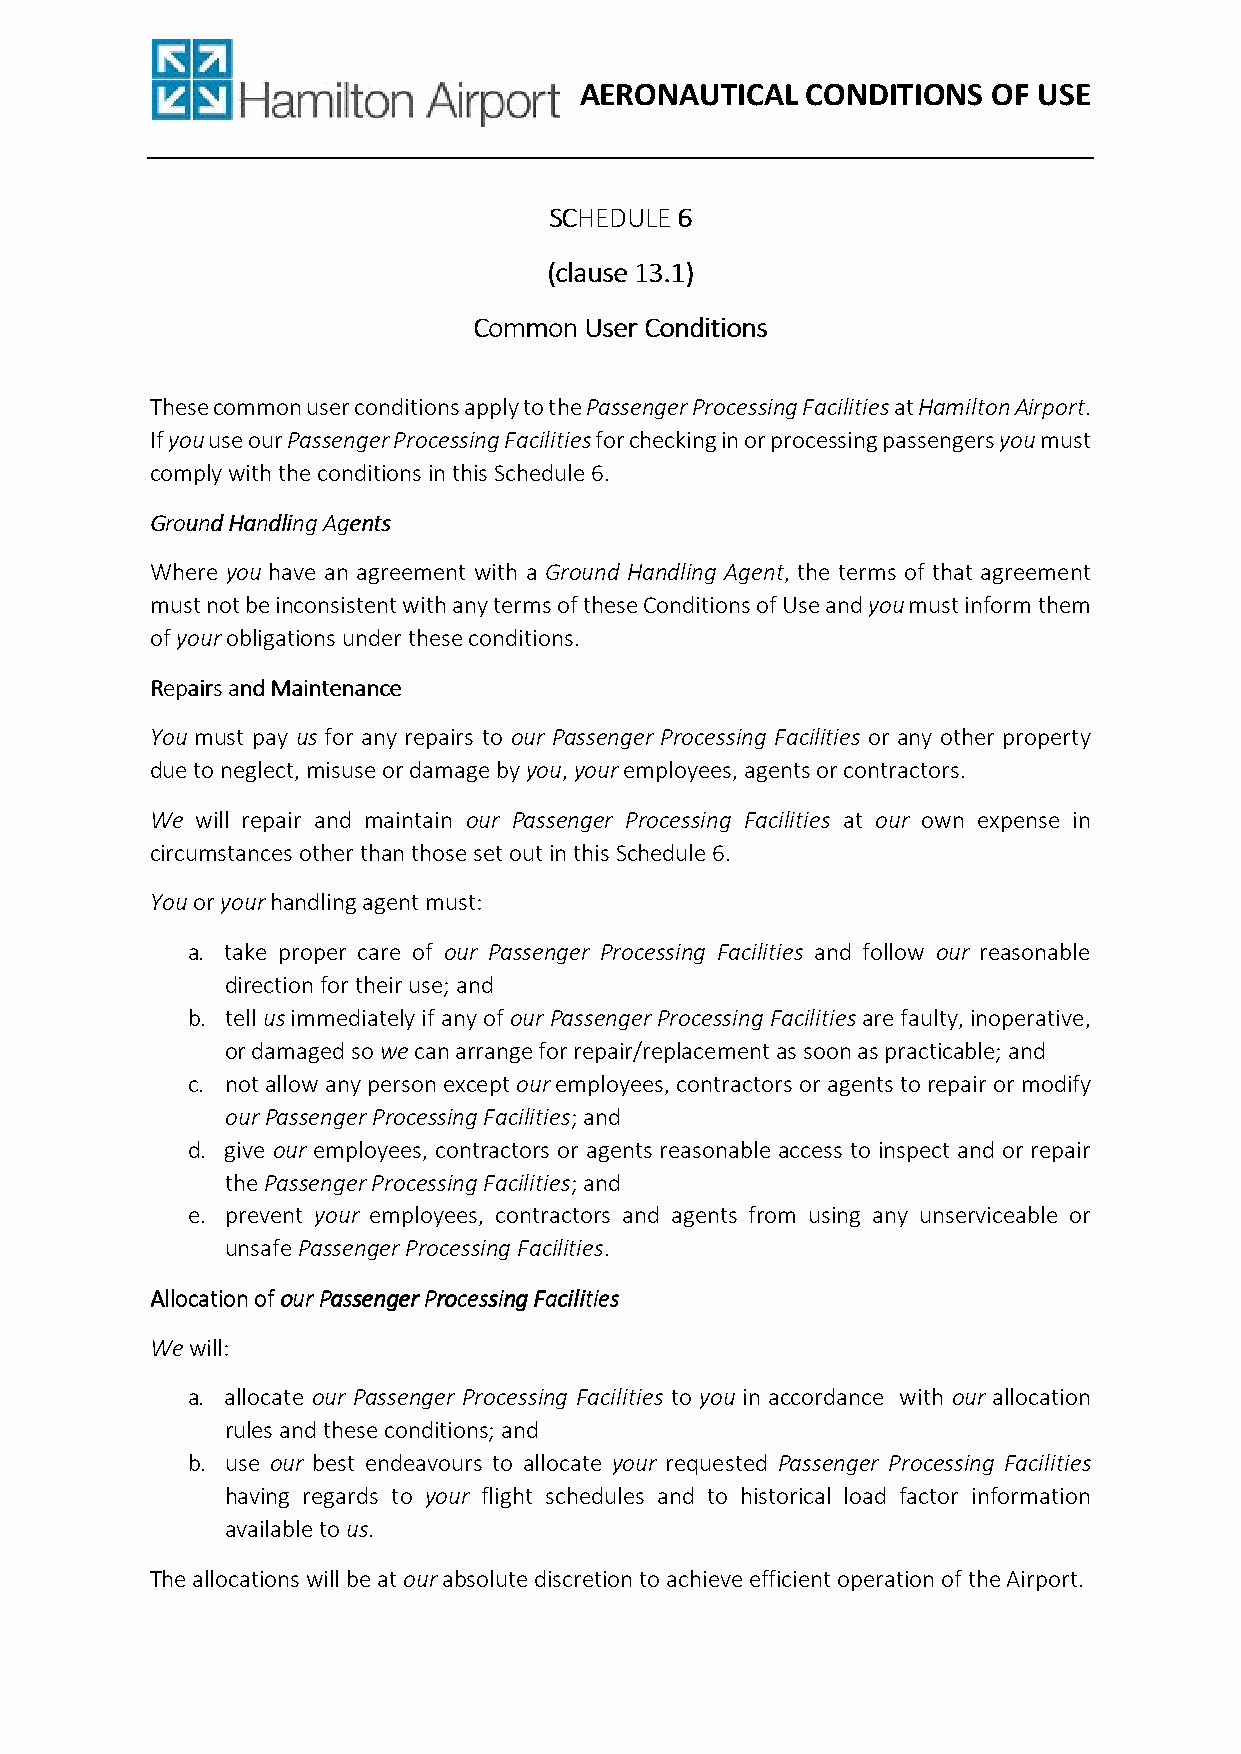
AERONAUTICAL   CONDITIONS   OF USE
 SSSSCCCCHHHHEEEEDDDDUUUULLLLEEEE 6666
 ((((ccccllllaaaauuuusssseeee 11113333....1111))))
 CCCCoooommmmmmmmoooonnnn UUUUsssseeeerrrr CCCCoooonnnnddddiiiittttiiiioooonnnnssss
 These common user conditions apply to the Passenger Processing Facilities at Hamilton Airport.
 If you use our Passenger Processing Facilities for checking in or processing passengers you must
 comply with the conditions in this Schedule 6.
 GGGGrrrroooouuuunnnndddd HHHHaaaannnnddddlllliiiinnnngggg AAAAggggeeeennnnttttssss
 Where you have an agreement with a Ground Handling Agent, the terms of that agreement
 must not be inconsistent with any terms of these Conditions of Use and you must inform them
 of your obligations under these conditions.
 RRRReeeeppppaaaaiiiirrrrssss aaaannnndddd MMMMaaaaiiiinnnntttteeeennnnaaaannnncccceeee
 You must pay us for any repairs to our Passenger Processing Facilities or any other property
 due to neglect, misuse or damage by you, your employees, agents or contractors.
 We will repair and maintain our Passenger Processing Facilities at our own expense in
 circumstances other than those set out in this Schedule 6.
 You or your handling agent must:
 a. take proper care of our Passenger Processing Facilities and follow our reasonable
 direction for their use; and
 b. tell us immediately if any of our Passenger Processing Facilities are faulty, inoperative,
 or damaged so we can arrange for repair/replacement as soon as practicable; and
 c. not allow any person except our employees, contractors or agents to repair or modify
 our Passenger Processing Facilities; and
 d. give our employees, contractors or agents reasonable access to inspect and or repair
 the Passenger Processing Facilities; and
 e. prevent your employees, contractors and agents from using any unserviceable or
 unsafe Passenger Processing Facilities.
 AAAAllllllllooooccccaaaattttiiiioooonnnn ooooffff oooouuuurrrr PPPPaaaasssssssseeeennnnggggeeeerrrr PPPPrrrroooocccceeeessssssssiiiinnnngggg FFFFaaaacccciiiilllliiiittttiiiieeeessss
 We will:
 a. allocate our Passenger Processing Facilities to you in accordance with our allocation
 rules and these conditions; and
 b. use our best endeavours to allocate your requested Passenger Processing Facilities
 having regards to your flight schedules and to historical load factor information
 available to us.
 The allocations will be at our absolute discretion to achieve efficient operation of the Airport.